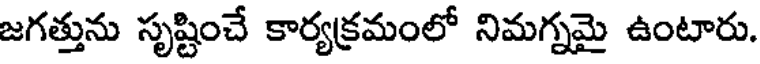
జగత్తును సృష్టించే కార్యక్రమంలో నిమగ్నమై ఉంటారు.